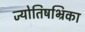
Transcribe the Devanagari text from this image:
ज्योतिषभ्रिका